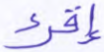
إقرء